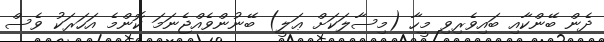
ދެން ބޭންކާއި ބައިވެރިވި މީހާ (މިސާލަކަށް ޢަލީ) ބޭނުންވެއްޖެނަމަ ކޮންމެ އަހަރަކު ވެސް